Physiological action of certain drugs in tablet form - Number 52A
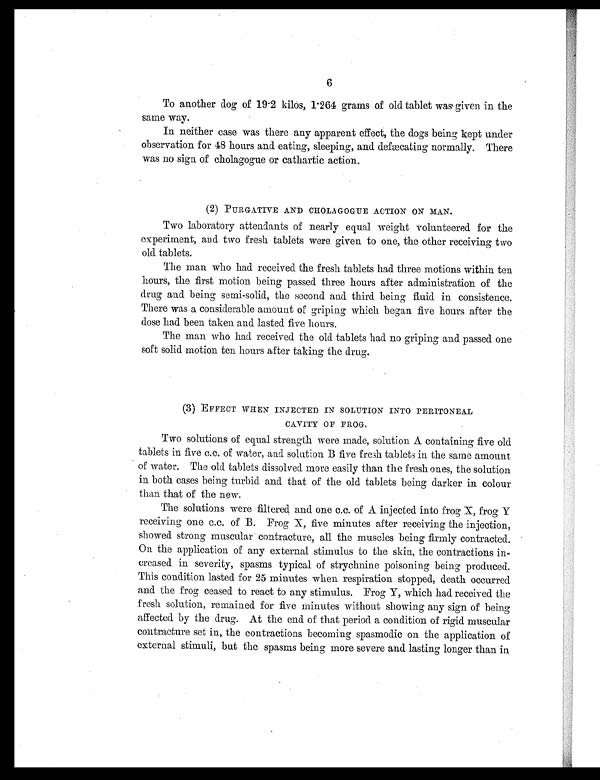
6
To another dog of 19 .2 kilos, 1.264 grams of old tablet was given in the
same way.
In neither case was there any apparent effect, the dogs being kept under
observation for 48 hours and eating, sleeping, and defæcating normally. There
was no sign of cholagogue or cathartic action.
(2) PURGATIVE AND CHOLAGOGUE ACTION ON MAN.
Two laboratory attendants of nearly equal weight volunteered for the
experiment, and two fresh tablets were given to one, the other receiving two
old tablets.
The man who had received the fresh tablets had three motions within ten
hours, the first motion being passed three hours after administration of the
drug and being semi-solid, the second and third being fluid in consistence.
There was a considerable amount of griping which began five hours after the
dose had been taken and lasted five hours.
The man who had received the old tablets had no griping and passed one
soft solid motion ten hours after taking the drug.
(3) EFFECT WHEN INJECTED IN SOLUTION INTO PERITONEAL
CAVITY OF FROG.
Two solutions of equal strength were made, solution A containing five old
tablets in five c.c. of water, and solution B five fresh tablets in the same amount
of water. The old tablets dissolved more easily than the fresh ones, the solution
in both cases being turbid and that of the old tablets being darker in colour
than that of the new.
The solutions were filtered and one c.c. of A injected into frog X, frog Y
receiving one c.c. of B. Frog X, five minutes after receiving the injection,
showed strong muscular contracture, all the muscles being firmly contracted.
On the application of any external stimulus to the skin, the contractions in-
creased in severity, spasms typical of strychnine poisoning being produced.
This condition lasted for 25 minutes when respiration stopped, death occurred
and the frog ceased to react to any stimulus. Frog Y, which had received the
fresh solution, remained for five minutes without showing any sign of being
affected by the drug. At the end of that period a condition of rigid muscular
contracture set in, the contractions becoming spasmodic on the application of
external stimuli, but the spasms being more severe and lasting longer than in